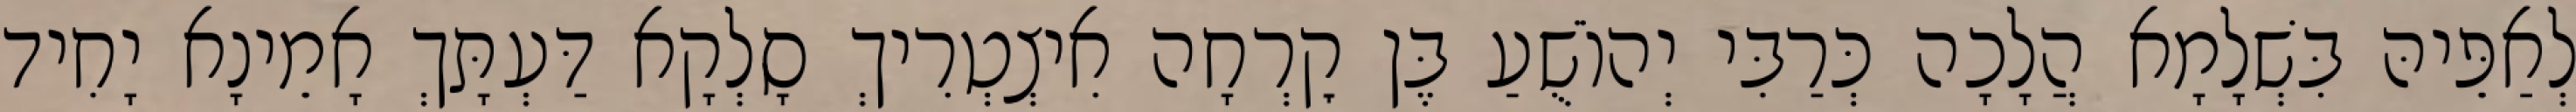
לְאַפֵּיהּ בִּשְׁלָמָא הֲלָכָה כְּרַבִּי יְהוֹשֻׁעַ בֶּן קׇרְחָה אִיצְטְרִיךְ סָלְקָא דַּעְתָּךְ אָמֵינָא יָחִיד